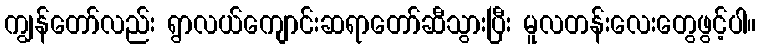
ကျွန်တော်လည်း ရွာလယ်ကျောင်းဆရာတော်ဆီသွားပြီး မူလတန်းလေးတွေဖွင့်ပါ။